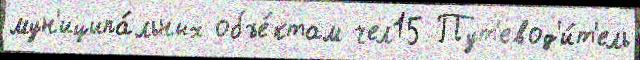
мун'иципа́льных объе́ктам чел15 Пут'евод'и́т'ель